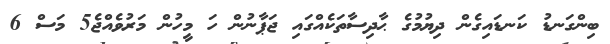
ބިންގަނޑު ކަނޑައިގެން ދިޔުމުގެ ޙާދިސާތަކެއްގައި ޖަޕާނުން ހަ މީހުން މަރުވެއްޖެ5 މަސް 6